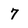
Character: 7